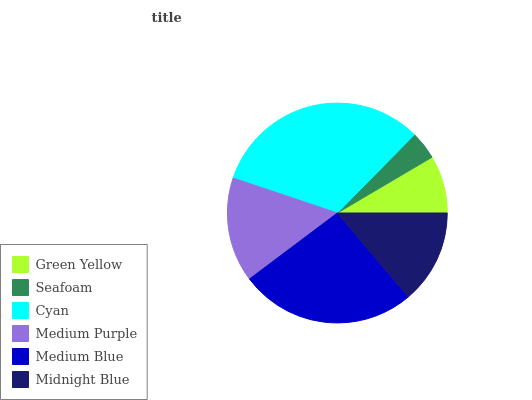
| Green Yellow | Seafoam | Cyan | Medium Purple | Medium Blue | Midnight Blue |
 | --- | --- | --- | --- | --- | --- |
 | 8.49% | 4.16% | 32.2% | 15.4% | 26% | 13.8% |